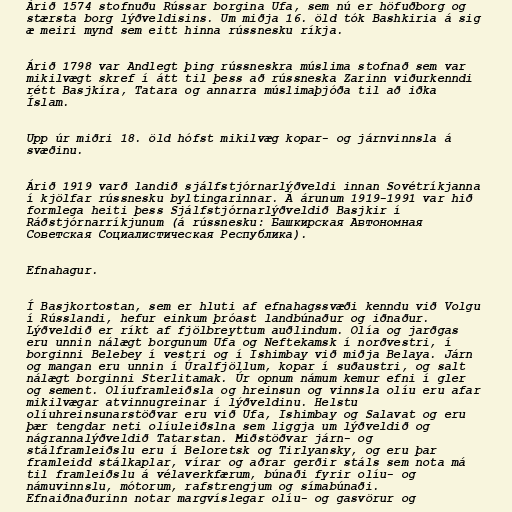
Árið 1574 stofnuðu Rússar borgina Ufa, sem nú er höfuðborg og
stærsta borg lýðveldisins. Um miðja 16. öld tók Bashkiria á sig
æ meiri mynd sem eitt hinna rússnesku ríkja.

Árið 1798 var Andlegt þing rússneskra múslima stofnað sem var
mikilvægt skref í átt til þess að rússneska Zarinn viðurkenndi
rétt Basjkíra, Tatara og annarra múslimaþjóða til að iðka
Íslam.

Upp úr miðri 18. öld hófst mikilvæg kopar- og járnvinnsla á
svæðinu.

Árið 1919 varð landið sjálfstjórnarlýðveldi innan Sovétríkjanna
í kjölfar rússnesku byltingarinnar. Á árunum 1919-1991 var hið
formlega heiti þess Sjálfstjórnarlýðveldið Basjkir í
Ráðstjórnarríkjunum (á rússnesku: Башкирская Автономная
Советская Социалистическая Республика).

Efnahagur.

Í Basjkortostan, sem er hluti af efnahagssvæði kenndu við Volgu
í Rússlandi, hefur einkum þróast landbúnaður og iðnaður.
Lýðveldið er ríkt af fjölbreyttum auðlindum. Olía og jarðgas
eru unnin nálægt borgunum Ufa og Neftekamsk í norðvestri, í
borginni Belebey í vestri og í Ishimbay við miðja Belaya. Járn
og mangan eru unnin í Úralfjöllum, kopar í suðaustri, og salt
nálægt borginni Sterlitamak. Úr opnum námum kemur efni í gler
og sement. Olíuframleiðsla og hreinsun og vinnsla olíu eru afar
mikilvægar atvinnugreinar í lýðveldinu. Helstu
olíuhreinsunarstöðvar eru við Ufa, Ishimbay og Salavat og eru
þær tengdar neti olíuleiðslna sem liggja um lýðveldið og
nágrannalýðveldið Tatarstan. Miðstöðvar járn- og
stálframleiðslu eru í Beloretsk og Tirlyansky, og eru þar
framleidd stálkaplar, vírar og aðrar gerðir stáls sem nota má
til framleiðslu á vélaverkfærum, búnaði fyrir olíu- og
námuvinnslu, mótorum, rafstrengjum og símabúnaði.
Efnaiðnaðurinn notar margvíslegar olíu- og gasvörur og